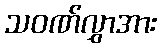
သဝဏ်လွှာအား